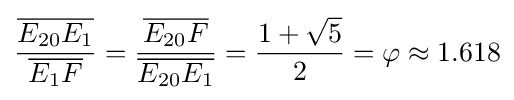
{\frac {\overline {E_{20}E_{1}}}{\overline {E_{1}F}}}={\frac {\overline {E_{20}F}}{\overline {E_{20}E_{1}}}}={\frac {1+{\sqrt {5}}}{2}}=\varphi \approx 1.618